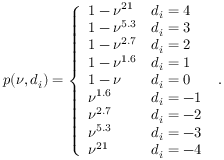
p ( \nu , d _ { i } ) = \left\{ \begin{array} { l l } { 1 - \nu ^ { 2 1 } } & { d _ { i } = 4 \, } \\ { 1 - \nu ^ { 5 . 3 } } & { d _ { i } = 3 \, } \\ { 1 - \nu ^ { 2 . 7 } } & { d _ { i } = 2 \, } \\ { 1 - \nu ^ { 1 . 6 } } & { d _ { i } = 1 \, } \\ { 1 - \nu } & { d _ { i } = 0 \, } \\ { \nu ^ { 1 . 6 } } & { d _ { i } = - 1 \, } \\ { \nu ^ { 2 . 7 } } & { d _ { i } = - 2 \, } \\ { \nu ^ { 5 . 3 } } & { d _ { i } = - 3 \, } \\ { \nu ^ { 2 1 } } & { d _ { i } = - 4 \, } \end{array} \right. \, .